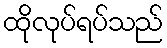
ထိုလုပ်ရပ်သည်